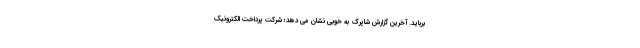
برباید. آخرین گزارش شاپرک به خوبی نشان می دهد؛ شرکت پرداخت الکترونیک